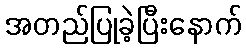
အတည်ပြုခဲ့ပြီးနောက်